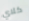
كلاي